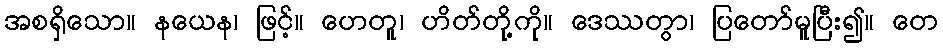
အစရှိသော။ နယေန၊ ဖြင့်။ ဟေတူ၊ ဟိတ်တို့ကို။ ဒေဿတွာ၊ ပြတော်မူပြီး၍။ တေ